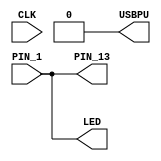
module top (
	input CLK,   // 16MHz clock
	input PIN_1,  // pin one
	output PIN_13, // external led
	output LED,  // onboard led
	output USBPU // usb pullup resistor
);

    //disable usb
    assign USBPU = 0;

    //send led the led_state register
    assign LED = PIN_1;
    assign PIN_13 = PIN_1;

endmodule